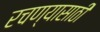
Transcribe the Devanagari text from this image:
रचण्यासाठी